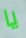
يا